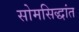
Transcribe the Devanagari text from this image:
सोमसिद्धांत